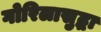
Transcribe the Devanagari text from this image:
गोरिलासुद्धा